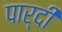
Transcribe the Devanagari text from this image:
पार्दी